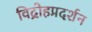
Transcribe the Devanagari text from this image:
विद्रोहप्रदर्शन